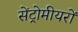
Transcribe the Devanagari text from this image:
सेंट्रोमीयरों